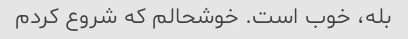
بله، خوب است. خوشحالم که شروع کردم